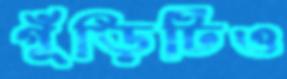
গুঁড়িটিও